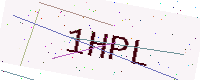
Text: 1HPL